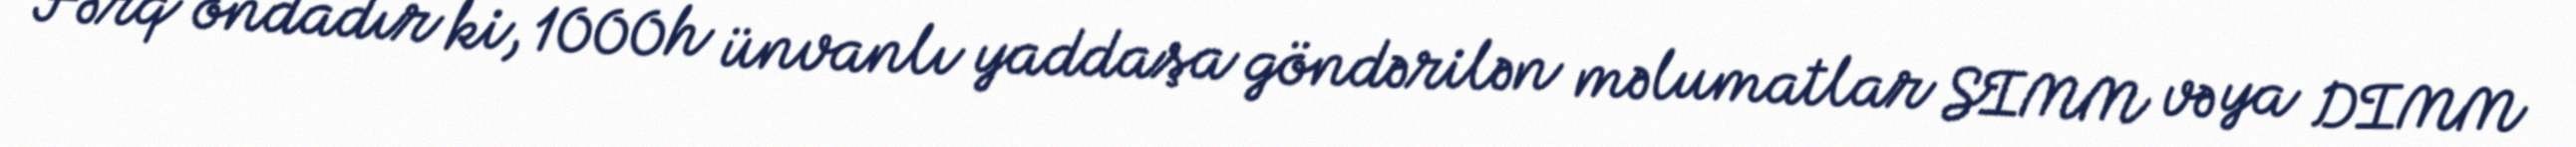
Fərq ondadır ki, 1000h ünvanlı yaddaşa göndərilən məlumatlar SIMM və ya DIMM